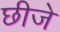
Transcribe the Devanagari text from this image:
छीजे